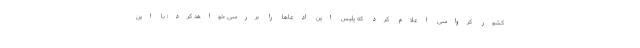
کشور کرواسی اعلام کرد که پلیس این ادعاها را بررسی خواهد کرد؛ با این